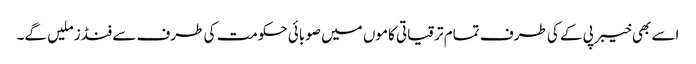
اسے بھی خیبر پی کے کی طرف تمام ترقیاتی کاموں میں صوبائی حکومت کی طرف سے فنڈز ملیں گے۔